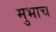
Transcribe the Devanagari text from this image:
मुभाच